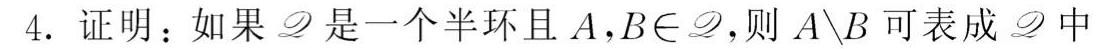
4. 证明：如果$\mathscr{D}$是一个半环且$A,B\in\mathscr{D}$，则$A\setminus B$可表成$\mathscr{D}$中